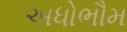
અધોભૌમ